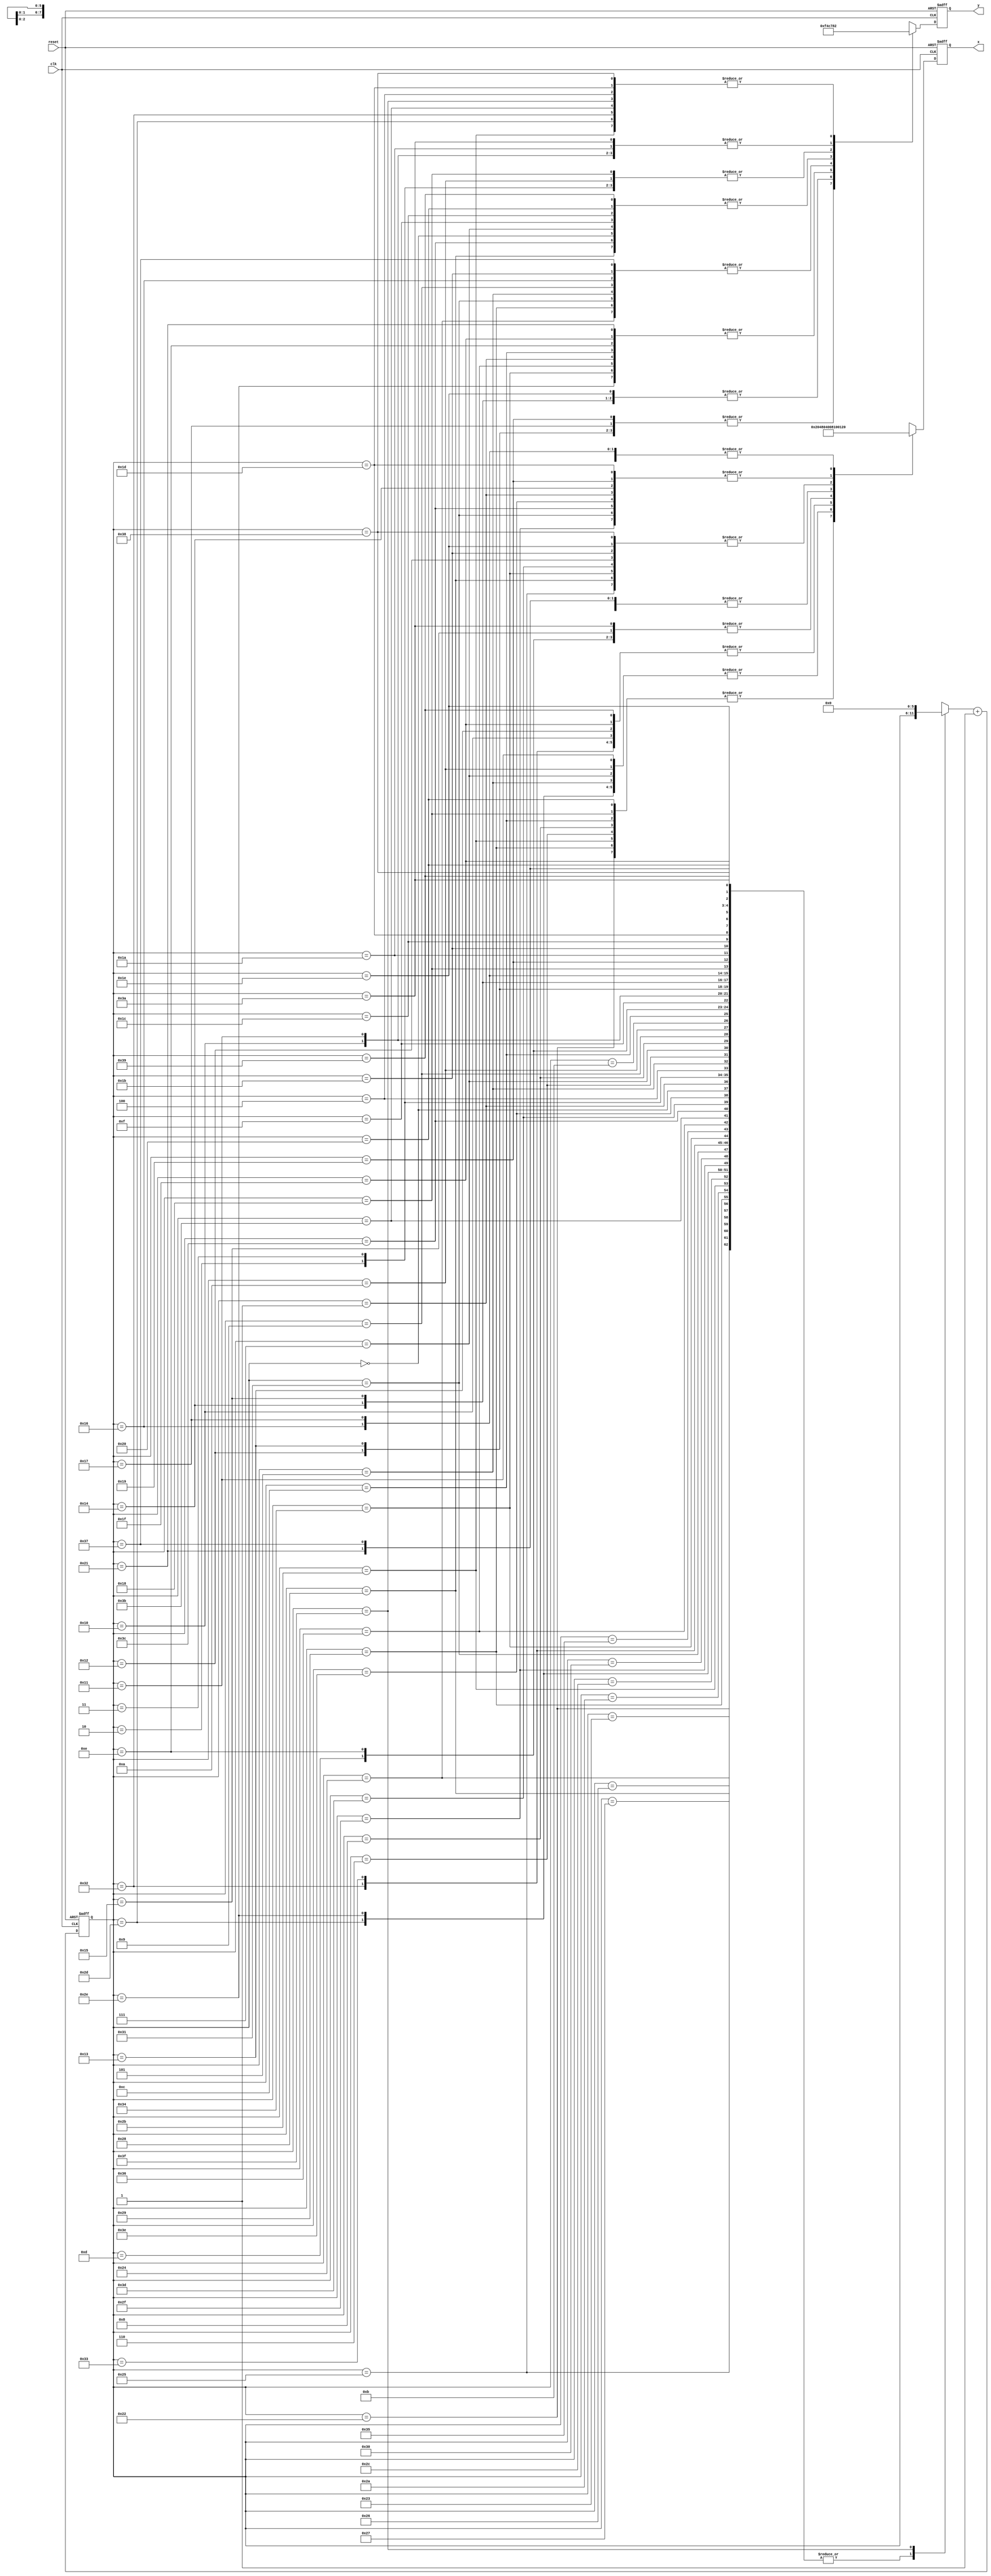
module random_list(clk,reset,y,x);

input clk,reset;

output reg [2:0] y;

output reg [7:0] x;

reg [5:0] count;

always@(posedge clk,posedge reset) begin
if(reset == 1) begin
count = 6'b0;
y = 3'b011;
x = 8'b01000000;
end else begin
	case(count) 
	6'b0: begin 
	y = 3'b011;
	x = 8'b01000000;
	end
	6'b1: begin
	y = 3'b001;
	x = 8'b1;
	end
	6'b10: begin
	y = 3'b110;
	x = 8'b00100000;
	end
	6'b11: begin
	y = 3'b110;
	x = 8'b01000000;
	end
	6'b100: begin
	y = 3'b010;
	x = 8'b01000000;
	end
	6'b101: begin
	y = 3'b100;
	x = 8'b00000100;
	end
	6'b110: begin
	y = 3'b111;
	x = 8'b10;
	end
	6'b111: begin
	y = 3'b11;
	x = 8'b100;
	end
	6'b1000: begin
	y = 3'b101;
	x = 8'b10;
	end
	6'b1001: begin
	y = 3'b100;
	x = 8'b1000000;
	end
	6'b1010: begin
	y = 3'b110;
	x = 8'b100;
	end
	6'b1011: begin
	y = 3'b101;
	x = 8'b1000;
	end
	6'b1100: begin
	y = 3'b1;
	x = 8'b10;
	end
	6'b1101: begin
	y = 3'b111;
	x = 8'b1000000;
	end
	6'b1110: begin
	y = 3'b1;
	x = 8'b1000000;
	end
	6'b1111: begin
	y = 3'b11;
	x = 8'b100000;
	end
	6'b10000: begin
	y = 3'b0;
	x = 8'b10000000;
	end
	6'b10001: begin
	y = 3'b0;
	x = 8'b100;
	end
	6'b10010: begin
	y = 3'b111;
	x = 8'b10000;
	end
	6'b10011: begin
	y = 3'b111;
	x = 8'b10000000;
	end
	6'b10100: begin
	y = 3'b101;
	x = 8'b1;
	end
	6'b10101: begin
	y = 3'b101;
	x = 8'b1000000;
	end
	6'b10110: begin
	y = 3'b100;
	x = 8'b100000;
	end
	6'b10111: begin
	y = 3'b111;
	x = 8'b100000;
	end
	6'b11000: begin
	y = 3'b110;
	x = 8'b10;
	end
	6'b11001: begin
	y = 3'b111;
	x = 8'b1;
	end
	6'b11010: begin
	y = 3'b0;
	x = 8'b1000;
	end
	6'b11011: begin
	y = 3'b100;
	x = 8'b10000;
	end
	6'b11100: begin
	y = 3'b11;
	x = 8'b1000;
	end
	6'b11101: begin
	y = 3'b10;
	x = 8'b1;
	end
	6'b11110: begin
	y = 3'b101;
	x = 8'b10000;
	end
	6'b11111: begin
	y = 3'b1;
	x = 8'b10000000;
	end
	6'b100000: begin 
	y = 3'b11;
	x = 8'b10;
	end
	6'b100001: begin
	y = 3'b1;
	x = 8'b1000;
	end
	6'b100010: begin
	y = 3'b0;
	x = 8'b10;
	end
	6'b100011: begin
	y = 3'b0;
	x = 8'b100000;
	end
	6'b100100: begin
	y = 3'b100;
	x = 8'b10000000;
	end
	6'b100101: begin
	y = 3'b0;
	x = 8'b10000;
	end
	6'b100110: begin
	y = 3'b101;
	x = 8'b100;
	end
	6'b100111: begin
	y = 3'b111;
	x = 8'b100;
	end
	6'b101000: begin
	y = 3'b11;
	x = 8'b10000;
	end
	6'b101001: begin
	y = 3'b100;
	x = 8'b10;
	end
	6'b101010: begin
	y = 3'b111;
	x = 8'b1000;
	end
	6'b101011: begin
	y = 3'b10;
	x = 8'b10;
	end
	6'b101100: begin
	y = 3'b110;
	x = 8'b10000000;
	end
	6'b101101: begin
	y = 3'b10;
	x = 8'b100;
	end
	6'b101110: begin
	y = 3'b1;
	x = 8'b100;
	end
	6'b101111: begin
	y = 3'b110;
	x = 8'b1;
	end
	6'b110000: begin	
	y = 3'b101;
	x = 8'b100000;
	end
	6'b110001: begin
	y = 3'b100;
	x = 8'b1;
	end
	6'b110010: begin
	y = 3'b10;
	x = 8'b10000000;
	end
	6'b110011: begin
	y = 3'b101;
	x = 8'b10000000;
	end
	6'b110100: begin
	y = 3'b1;
	x = 8'b10000;
	end
	6'b110101: begin
	y = 3'b110;
	x = 8'b1000;
	end
	6'b110110: begin
	y = 3'b1;
	x = 8'b100000;
	end
	6'b110111: begin
	y = 3'b100;
	x = 8'b1000;
	end
	6'b111000: begin
	y = 3'b10;
	x = 8'b10000;
	end
	6'b111001: begin
	y = 3'b11;
	x = 8'b10000000;
	end
	6'b111010: begin
	y = 3'b0;
	x = 8'b1000000;
	end
	6'b111011: begin
	y = 3'b10;
	x = 8'b1000;
	end
	6'b111100: begin
	y = 3'b11;
	x = 8'b1;
	end
	6'b111101: begin
	y = 3'b110;
	x = 8'b10000;
	end
	6'b111110: begin
	y = 3'b0;
	x = 8'b1;
	end
	6'b111111: begin
	y = 3'b10;
	x = 8'b100000;
	count = 0;
	end
	default: begin
	y = 3'b10;
	x = 8'b100000;
	count = 0;
	end
	endcase
	count = count + 6'b1;
	end
end

endmodule